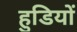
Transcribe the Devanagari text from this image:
हुडियों